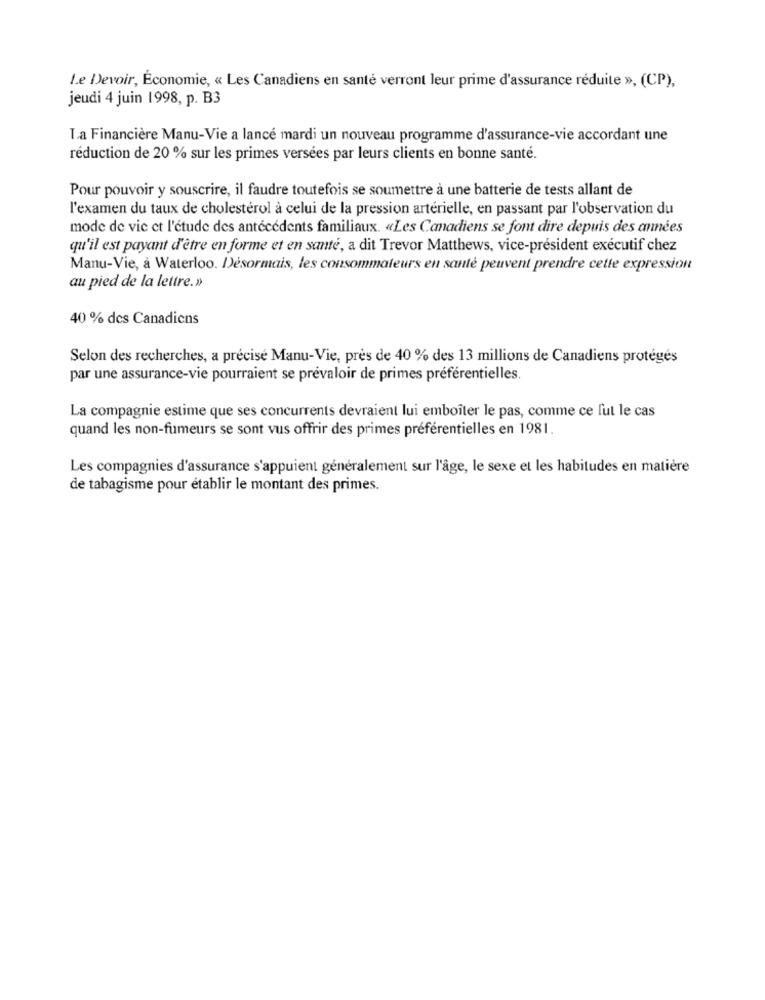
Le Devoir, Économie, « Les Canadiens en santé verront leur prime d'assurance réduite », (CP),
jeudi 4 juin 1998, p. B3
La Financière Manu-Vie a lancé mardi un nouveau programme d'assurance-vie accordant une
réduction de 20 % sur les primes versées par leurs clients en bonne santé.
Pour pouvoir y souscrire, il faudre toutefois se soumettre à une batterie de tests allant de
l'examen du taux de cholestérol à celui de la pression artérielle, en passant par l'observation du
mode de vie et l'étude des antécédents familiaux. «Les Canadiens se font dire depuis des années
qu'il est payant d'être en forme et en santé, a dit Trevor Matthews, vice-président exécutif chez
Manu-Vie, à Waterloo. Désormais, les consommateurs en santé peuvent prendre cette expression
au pied de la lettre.»
40 % des Canadiens
Selon des recherches, a précisé Manu-Vie, près de 40 % des 13 millions de Canadiens protégés
par une assurance-vie pourraient se prévaloir de primes préférentielles.
La compagnie estime que ses concurrents devraient lui emboîter le pas, comme ce fut le cas
quand les non-fumeurs se sont vus offrir des primes préférentielles en 1981.
Les compagnies d'assurance s'appuient généralement sur l'âge, le sexe et les habitudes en matière
de tabagisme pour établir le montant des primes.